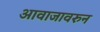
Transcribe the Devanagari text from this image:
आवाजावरुन